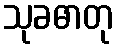
သုခဓာတု